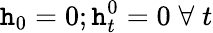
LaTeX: \mathtt{h}_{0}=0;\mathtt{h}_{t}^{0}=0\; \forall\; t